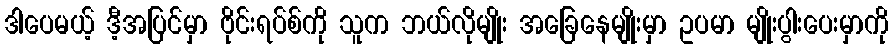
ဒါပေမယ့် ဒီ့အပြင်မှာ ဗိုင်းရပ်စ်ကို သူက ဘယ်လိုမျိုး အခြေနေမျိုးမှာ ဥပမာ မျိုးပွါးပေးမှာကို